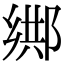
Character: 𨜕